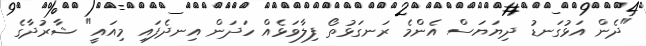
"ދެން އަޅުގަނޑު ދިޔަޔަސް އެންމެ ރަނގަޅުތޯ ފިލާވަޅެއް ހަދަން އިނދެފައި މިއައީ" ޝާރުދާގެ